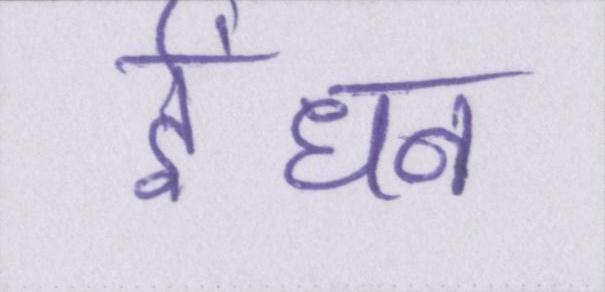
ईंधन